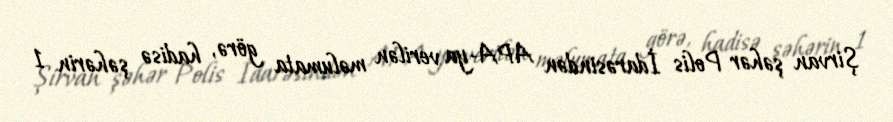
Şirvan şəhər Polis İdarəsindən APA-ya verilən məlumata görə, hadisə şəhərin 1